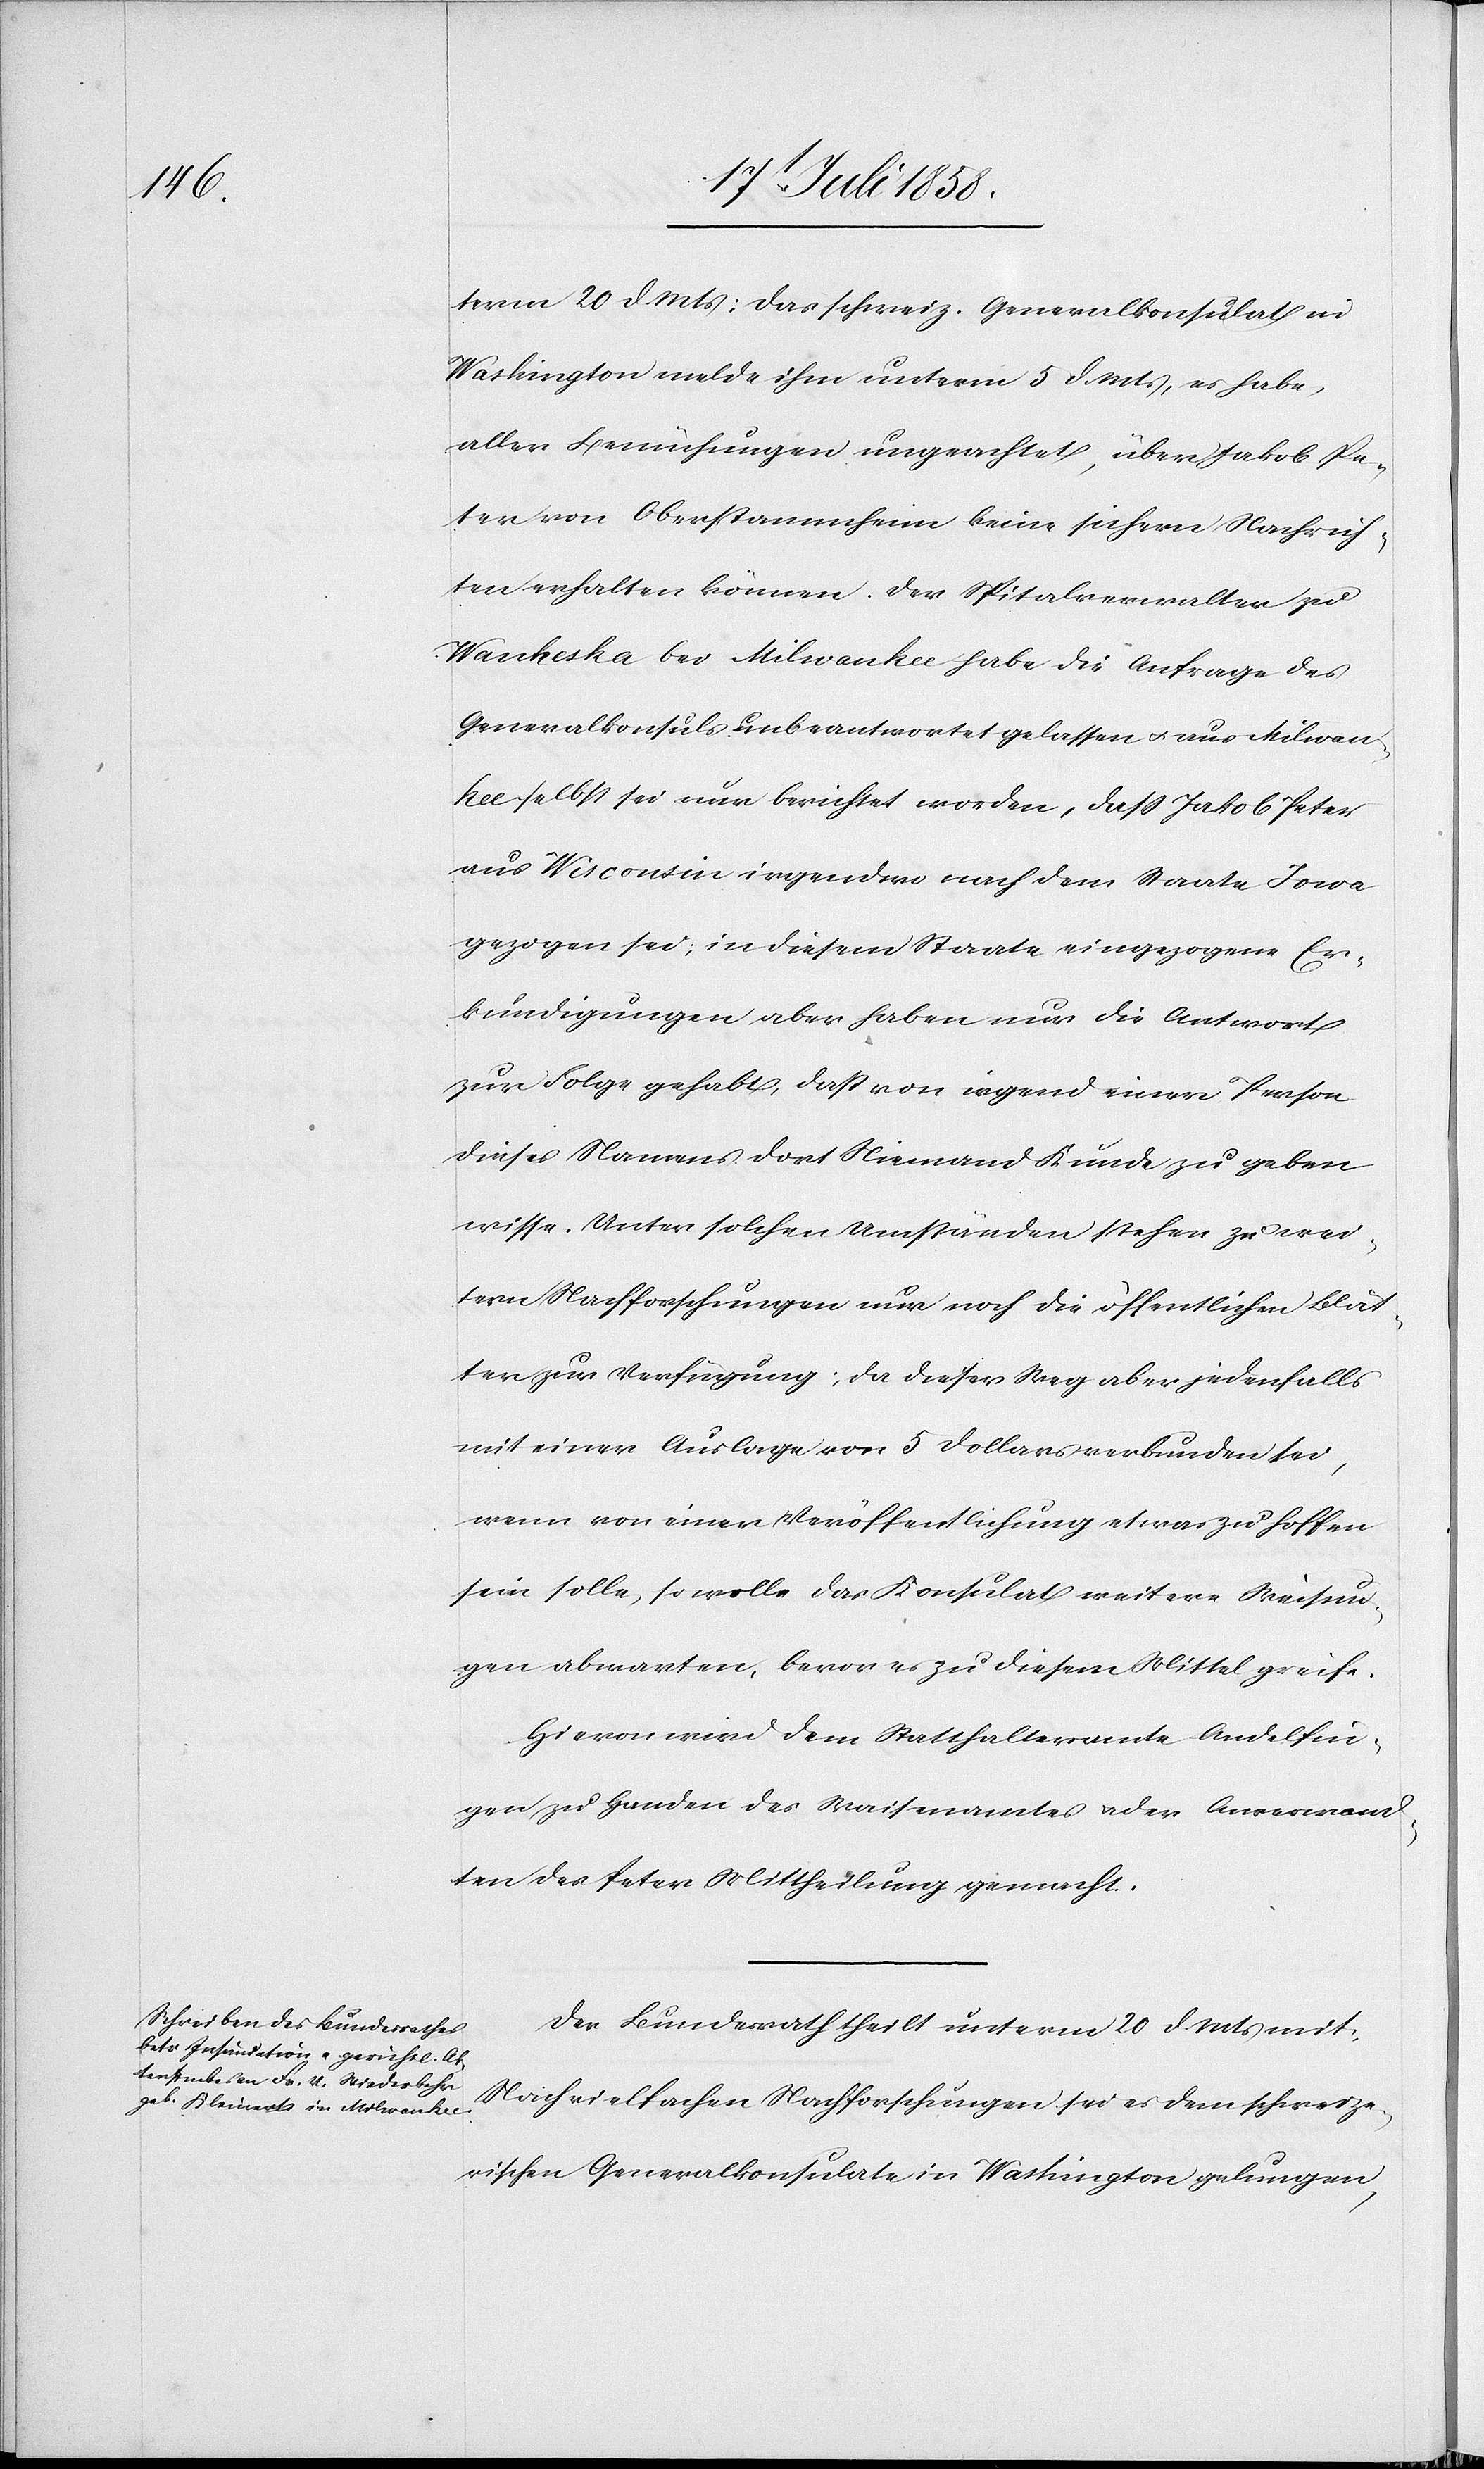
22 Juli 1858.]
term 20 d. Mts: Das schweiz. Generalkonsulat in
Washington melde ihm unterm 5 d. Mts, es habe,
aller Bemühungen ungeachtet, über Jakob Pe¬
ter von Oberstammheim keine sichern Nachrich¬
ten erhalten können. Der Spitalverwalter zu
Waukesha bei Milwaukee habe die Anfrage des
Generalkonsuls unbeantwortet gelassen & aus Milwau¬
kee selbst sei nur berichtet worden, dass Jakob Peter
aus Wisconsin irgendwo nach dem Staate Iowa
gezogen sei; in diesem Staate eingezogene Er¬
kundigungen aber haben nur die Antwort
zur Folge gehabt, dass von irgend einer Person
dieses Namens dort Niemand Kunde zu geben
wisse. Unter solchen Umständen stehen zu wei¬
tern Nachforschungen nur noch die öffentlichen Blät¬
ter zur Verfügung; da dieser Weg aber jedenfalls
mit einer Auslage von 5 Dollars verbunden sei,
wenn von einer Veröffentlichung etwas zu hoffen
sein solle, so wolle das Konsulat weitere Weisun¬
gen abwarten, bevor es zu diesem Mittel greife.
Hievon wird dem Statthalteramte Andelfin¬
gen zu Handen des Waisenamtes & der Anverwand¬
ten des Peter Mittheilung gemacht.
Der Bundesrath theilt unterm 20 d. Mts mit:
Nach vielfachen Nachforschungen sei es dem schweize¬
rischen Generalkonsulate in Washington gelungen,